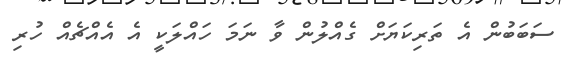
ސަބަބުން އެ ތަރިކަޔަށް ގެއްލުން ވާ ނަމަ ހައްލަކީ އެ އެއްޗެއް ހުރި